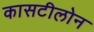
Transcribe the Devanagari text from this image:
कासटीलोन